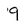
Character: 9